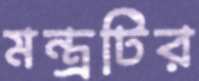
মন্ত্রটির